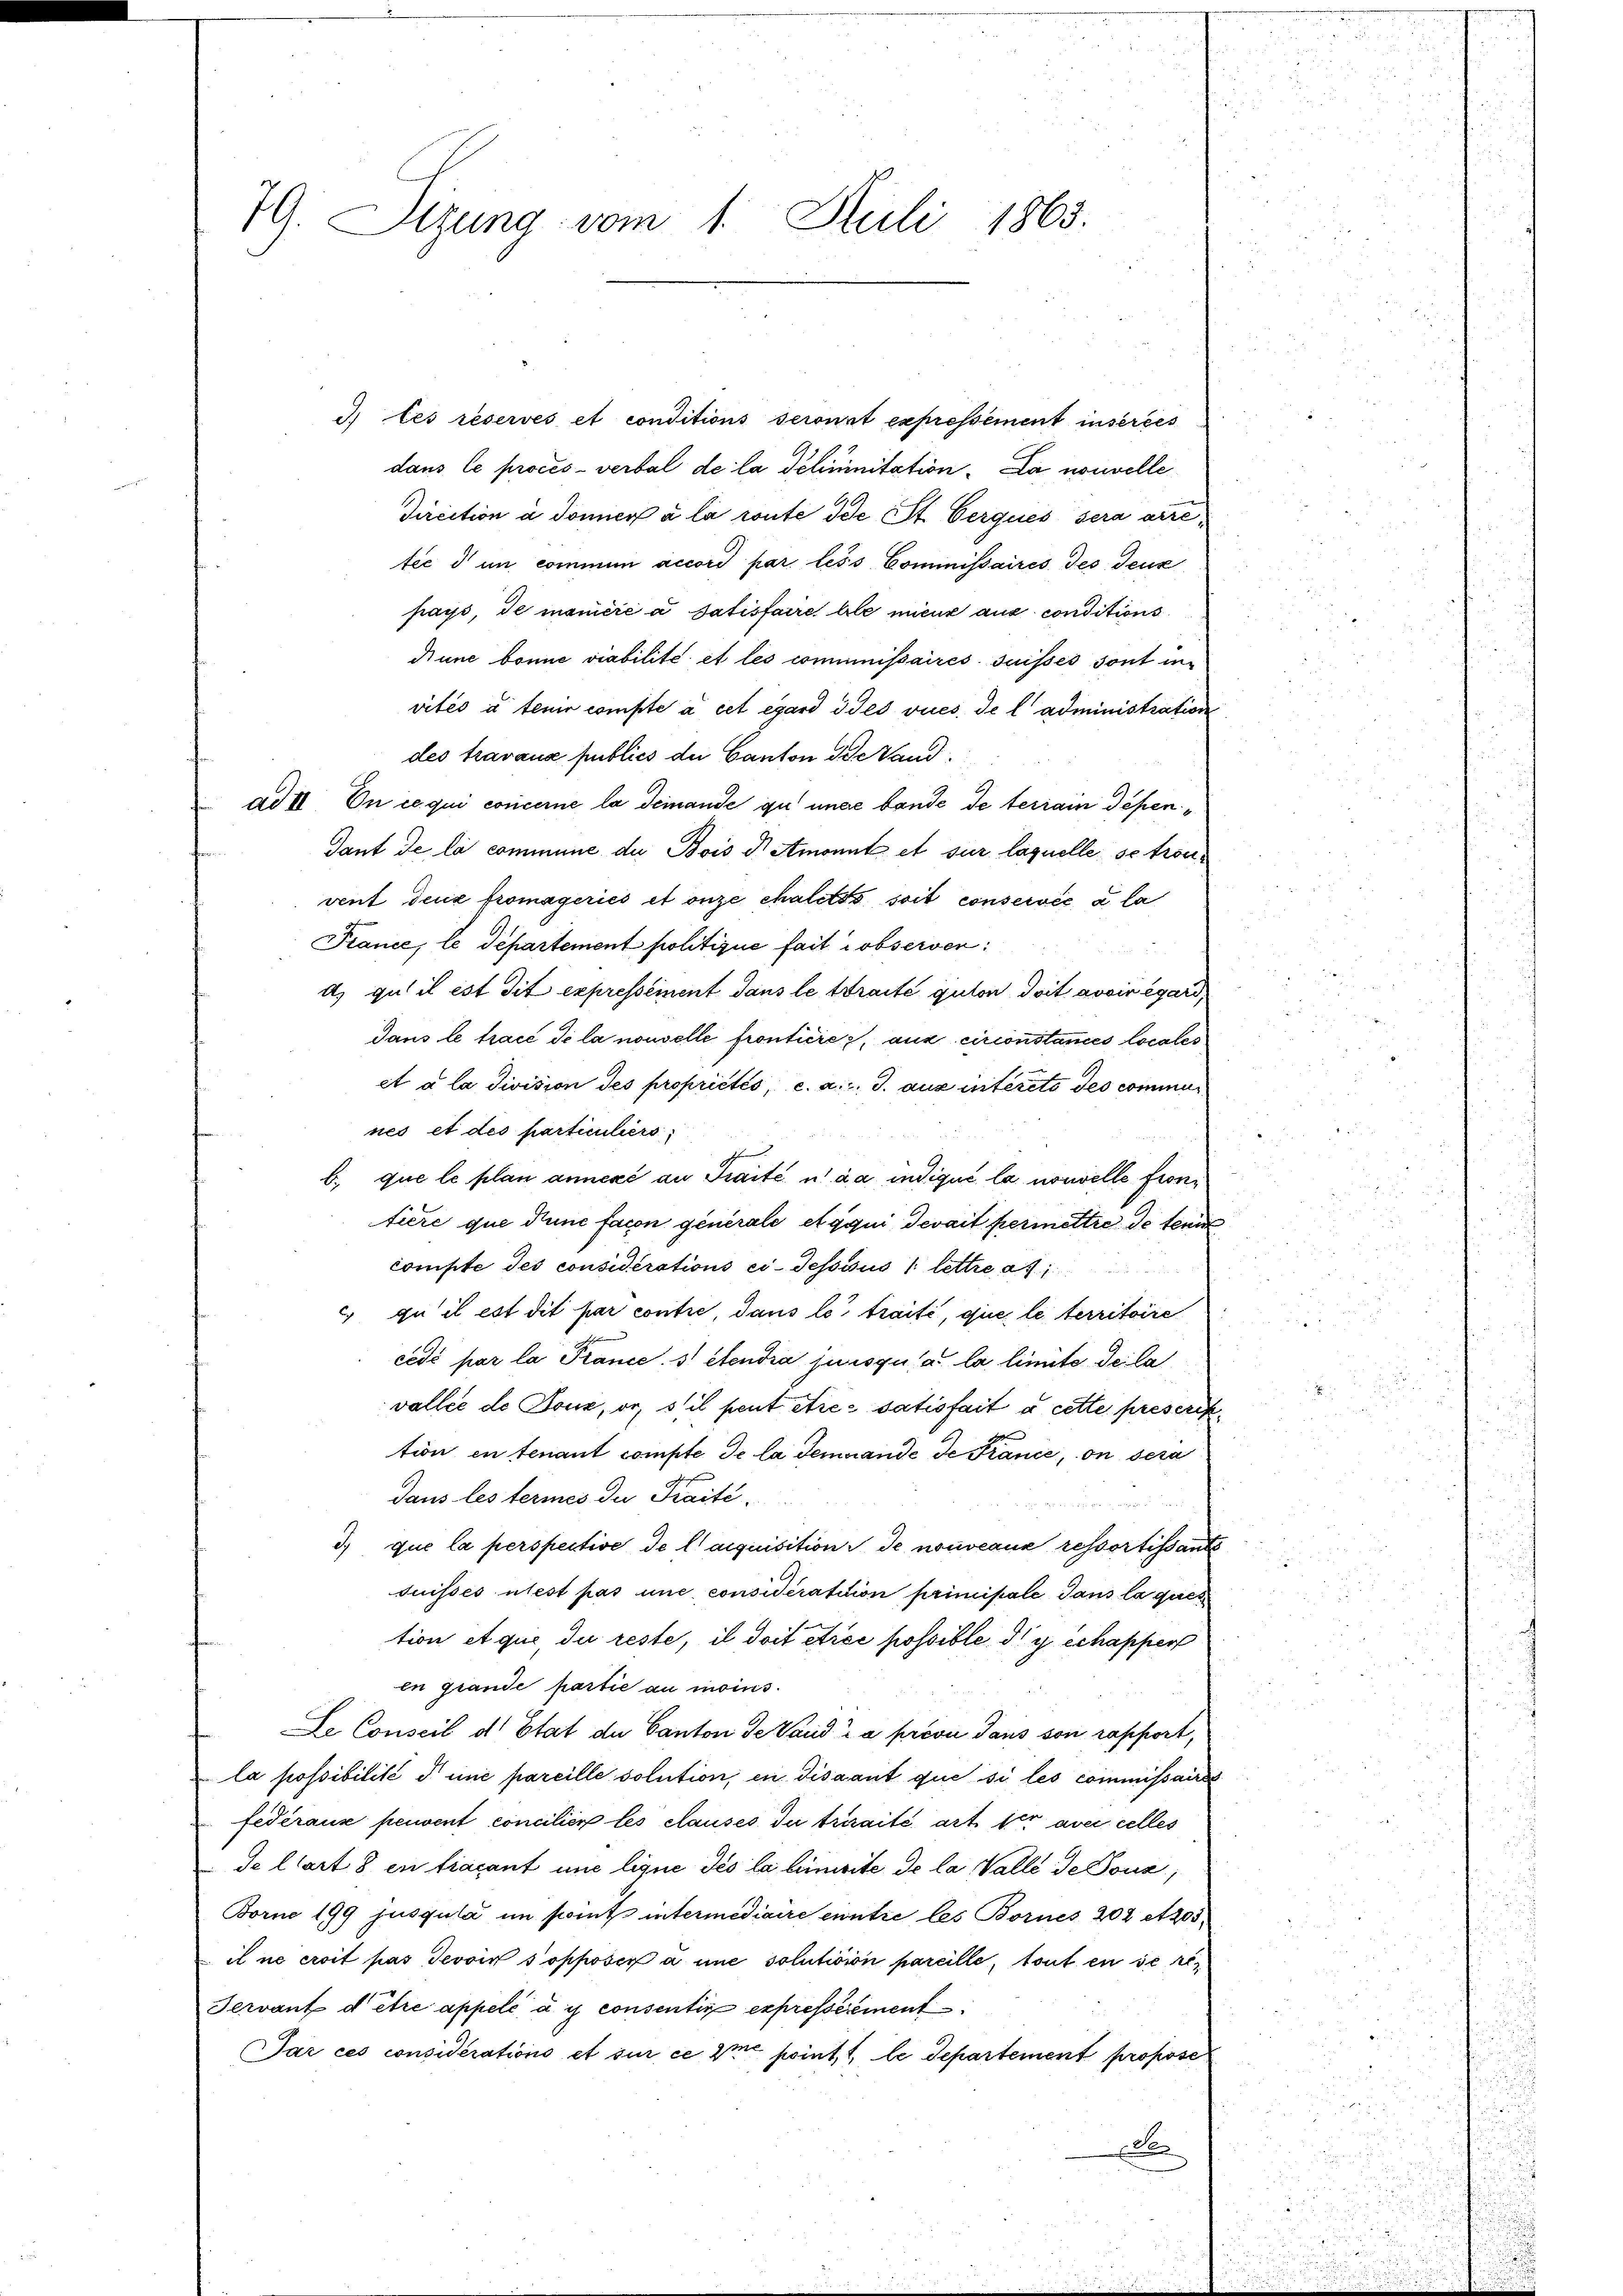
79. Sizung vom 1. Juli 1865.

3. Les réservés et conditions seront expressement insérées
dans le procès-verbal de la deliminitation. Da nouvelle
Direction à domicis à la route die St. Cerques sera arretée d’un commun accord par less Commissaires des Teuk
pays, de manicié a Satisfaire le mieux aus conditions
dinne bonne viabilité et les commissaires suisses sont in
vités à tenir compte à cet égard dies vues de l'administration
des travaux publics du Canton die Landad 1. En ce qui concerne la demande zu unde bande de terrain Tepen¬
Gant de la commune du Bois d Amonit et sur laquelle se trouvent deux fromageries et onze chaletas soit conservée a la
France, le Departement politizue fait observen
u
d) qu’il est dit expressement dans le traite guten doit avoir égard,
Jans le tracé de la nouvelle fronticier, aux circonstances locales
et à la division des propriétés, c. a., S. aus interete des cominines et des particuliers
h
b. que le plan annexé au Traité u. da indiqué la nouvelle frontière que dunc facon generale et qui devait permettre de teni
compte des considérations ci-dessous lettre d.
 qu il est dit par contie, dans le traité, que le territoire
cédé par la Plance. » etendia juisqui a la lieute de la
vallee de Doux, or, stil peut être satisfait à cette presercktion en tenant compte de la Jemande de France, on sera
dans les termes die Kraité.

3) que la perspective de l’acquisition de nouveaux ressortissants
Suisses niest pas une considératition primipale dans la ques
tion et que, du reste, il doit étrée possible du schapper
en grande partie au moins.
Le Conseil d’Etat de Canton de Vaudra prévu dans son rapport,
la possibilité d une pareille solution, in Dissant que si les commissaire
fédéraux peuvent concilier les clauses du traité, art der avec celles
Se l’art 8 en fiacant une lique des la linisite de la Valle de sous,
Borne 199 jusgula im komt intermédiaire enntie les Bornes 202 et 205,
il ne croit pas Jevoir s opposer à une solutision pareille, tout en se r
Tervant d’être appelé à y consentin expresserement
Par ces considérations et sur ce ne point. 1, le Separtement propose
c